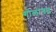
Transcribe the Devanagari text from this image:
गोलागढ़